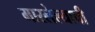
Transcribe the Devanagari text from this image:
मारलेल्याची